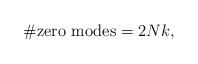
LaTeX: \begin{align*}\# \hbox {zero modes} = 2 Nk, \end{align*}